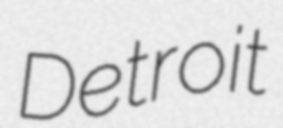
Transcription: Detroit